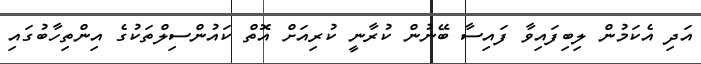
އަދި އެކަމުން ލިބިފައިވާ ފައިސާ ބޭނުން ކުރާނީ ކުރިއަށް އޮތް ކައުންސިލްތަކުގެ އިންތިހާބުގައި